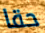
حقا